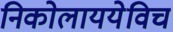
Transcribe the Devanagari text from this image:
निकोलाययेविच